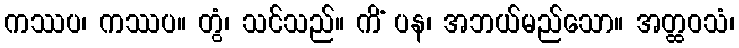
ကဿပ၊ ကဿပ။ တွံ၊ သင်သည်။ ကိံ ပန၊ အဘယ်မည်သော။ အတ္ထဝသံ၊